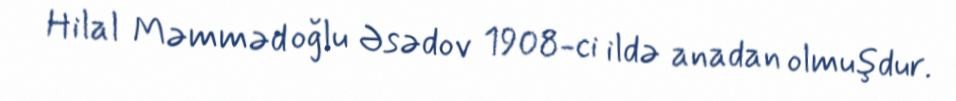
Hilal Məmməd oğlu Əsədov 1908-ci ildə anadan olmuşdur.